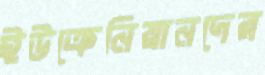
ইউক্রেনিয়ানদের